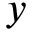
y